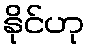
နိုင်ဟု